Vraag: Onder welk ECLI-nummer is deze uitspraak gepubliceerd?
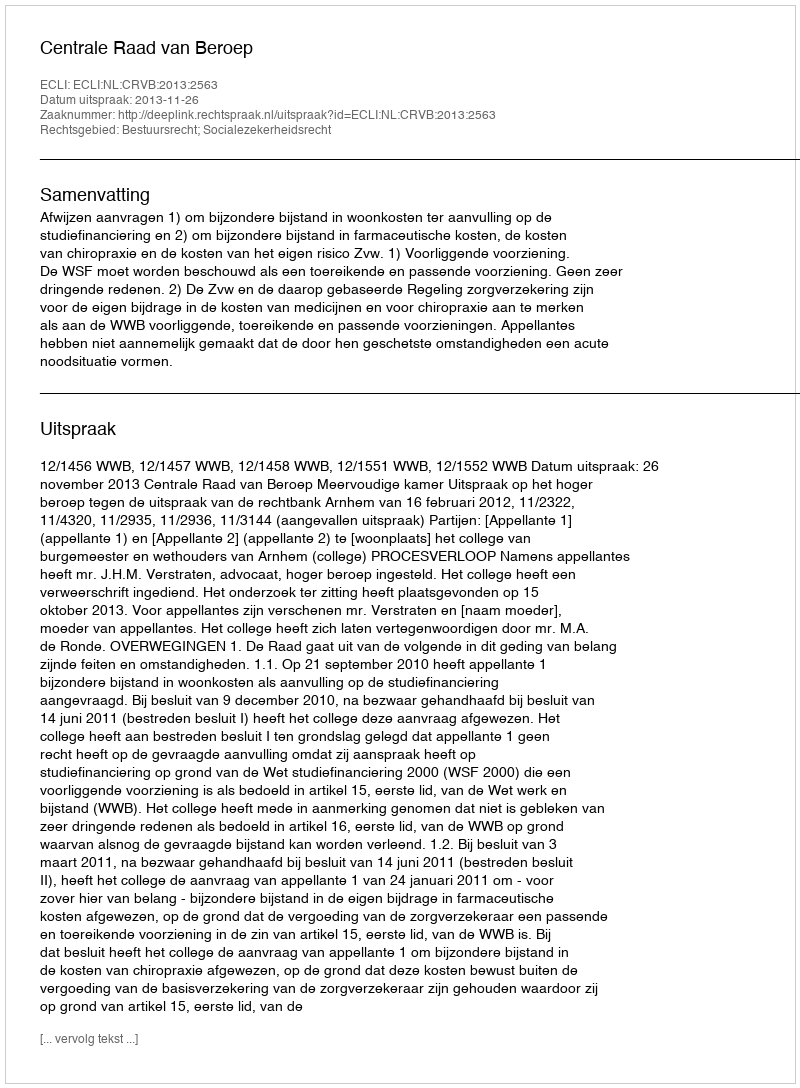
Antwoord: ECLI:NL:CRVB:2013:2563